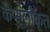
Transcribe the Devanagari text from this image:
कैप्सूलीकृत